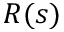
R ( s )